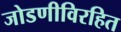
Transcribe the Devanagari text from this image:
जोडणीविरहित